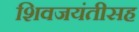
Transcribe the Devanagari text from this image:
शिवजयंतीसह